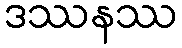
ဒဿနဿ